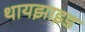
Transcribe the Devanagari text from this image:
थायझाइड